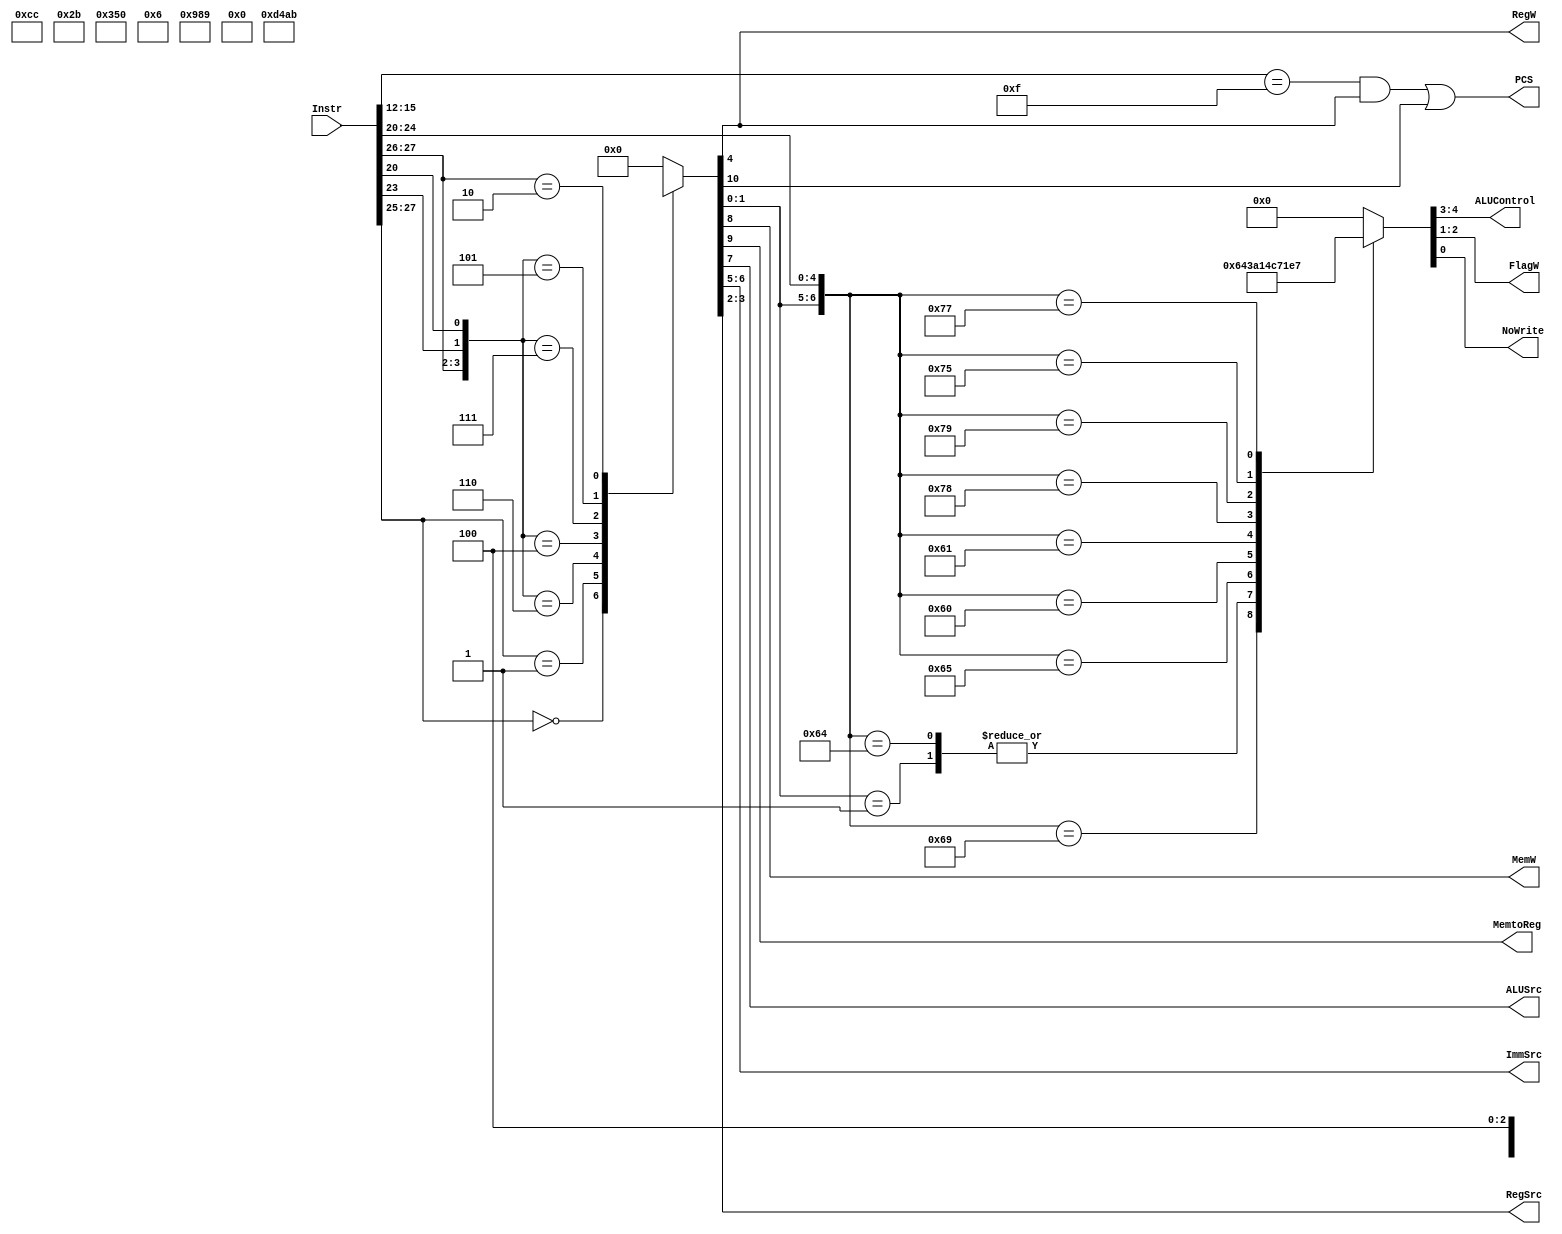
    module Decoder(
    input [31:0] Instr,
	
    output PCS,
    output reg RegW, 
    output reg MemW, 
    output reg MemtoReg,
    output reg ALUSrc,
    output reg [1:0] ImmSrc,
    output reg [1:0] RegSrc,
    output reg [1:0] ALUControl,
    output reg [1:0] FlagW,
    output reg NoWrite
    ); 
    reg [1:0] ALUOp; 
    reg Branch;

    wire [3:0] Rd;
    wire [1:0] Op;
    wire [5:0] Funct;

    assign Rd = Instr[15:12];
    assign Op = Instr[27:26];
    assign Funct = Instr[25:20];
    
    // ================================
    //           Main Decoder
    // ================================

    // *************************************************
    //                negOffset: Set ALUop
    // *************************************************
    always @(*) begin
        casex({Op,Funct[5],Funct[3],Funct[0]})
            // DP reg
            5'b000xx: {Branch,MemtoReg,MemW,ALUSrc,ImmSrc,RegW,RegSrc,ALUOp} = 11'b0000xx10011; 
            // DP imm
            5'b001xx: {Branch,MemtoReg,MemW,ALUSrc,ImmSrc,RegW,RegSrc,ALUOp} = 11'b0001001x011;
            // STR posImm
            5'b01x10: {Branch,MemtoReg,MemW,ALUSrc,ImmSrc,RegW,RegSrc,ALUOp} = 11'b0x110101000;
            // STR negImm
            5'b01x00: {Branch,MemtoReg,MemW,ALUSrc,ImmSrc,RegW,RegSrc,ALUOp} = 11'b0x110101001;
            // LDR posImm
            5'b01x11: {Branch,MemtoReg,MemW,ALUSrc,ImmSrc,RegW,RegSrc,ALUOp} = 11'b0101011x000;
            // LDR negImm
            5'b01x01: {Branch,MemtoReg,MemW,ALUSrc,ImmSrc,RegW,RegSrc,ALUOp} = 11'b0101011x001;
            // Branch
            5'b10xxx: {Branch,MemtoReg,MemW,ALUSrc,ImmSrc,RegW,RegSrc,ALUOp} = 11'b1001100x100;

            default:  {Branch,MemtoReg,MemW,ALUSrc,ImmSrc,RegW,RegSrc,ALUOp} = 11'b00000000000;
        endcase
    end

    // ================================
    //            ALU Decoder
    // ================================

    // *************************************************
    //   negOffset: Set ALUConrtol & CMP/N: add NoWrite
    // *************************************************
    always @(*) begin
        casex({ALUOp[1:0],Funct[4:0]})
            // Not DP
            7'b00xxxxx: {ALUControl,FlagW,NoWrite} = 5'b00000; // Pos Offset
            7'b01xxxxx: {ALUControl,FlagW,NoWrite} = 5'b01000; // Neg Offset
            // DP
            7'b1101000: {ALUControl,FlagW,NoWrite} = 5'b00000;
            7'b1101001: {ALUControl,FlagW,NoWrite} = 5'b00110;
            7'b1100100: {ALUControl,FlagW,NoWrite} = 5'b01000;
            7'b1100101: {ALUControl,FlagW,NoWrite} = 5'b01110;
            7'b1100000: {ALUControl,FlagW,NoWrite} = 5'b10000;
            7'b1100001: {ALUControl,FlagW,NoWrite} = 5'b10100;
            7'b1111000: {ALUControl,FlagW,NoWrite} = 5'b11000;
            7'b1111001: {ALUControl,FlagW,NoWrite} = 5'b11100;
            // CMP/CMN
            7'b1110101: {ALUControl,FlagW,NoWrite} = 5'b01111;
            7'b1110111: {ALUControl,FlagW,NoWrite} = 5'b00111;
            default:    {ALUControl,FlagW,NoWrite} = 5'b00000;
        endcase
    end

    // ================================
    //            PC Logic
    // ================================

    assign PCS = ((Rd == 4'd15) & RegW) | Branch;
   
endmodule